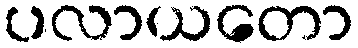
ပလာယတော